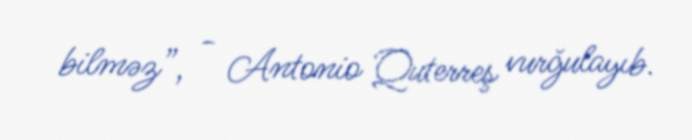
bilməz”, - Antonio Quterreş vurğulayıb.